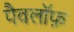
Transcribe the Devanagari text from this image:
पैवलॉफ़